Leaving Certificate Examination, 1915
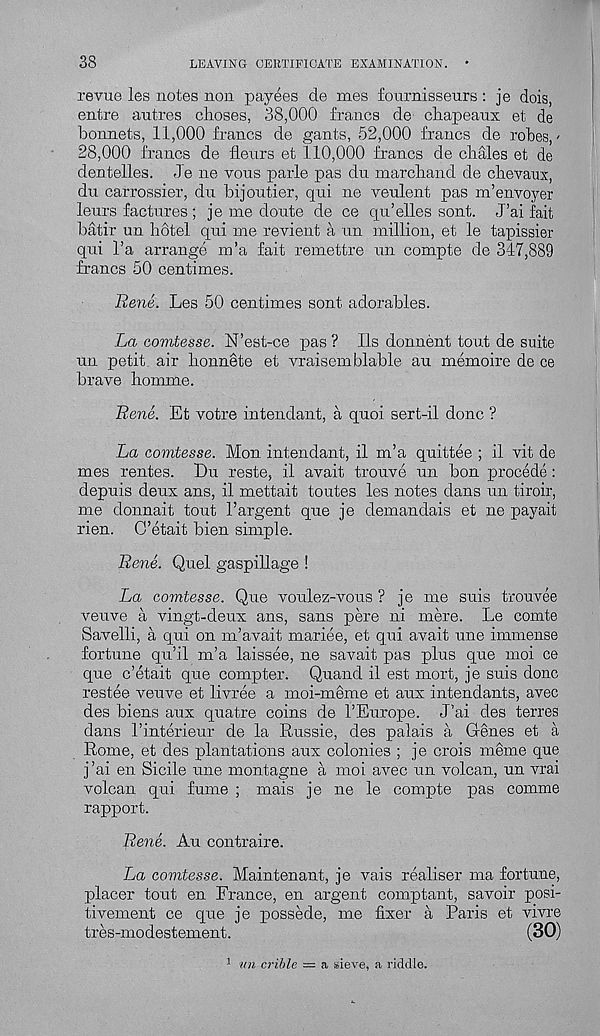
38
LEAVING CERTIFICATE EXAMINATION. *
revue les notes non payees de mes fournisseurs : je dois,
entre autres choses, 38,000 francs de dhapeaux et de
bonnets, 11,000 francs de gants, 52,000 francs de robes,-
28,000 francs de fleurs et 110,000 francs de cbales et de
dentelles. J e ne vous parle pas du march a nd de chevaux,
du carrossier, du bijou tier, qui ne veulent pas m’envoyer
leurs factures ; je me doute de ce qu’elles sont. J’ai fait
batir un hotel qui me revient a un million, et le tapissier
qui l’a arrange m’a fait remettre un compte de 347,889
francs 50 centimes.
Rene. Les 50 centimes sont adorables.
La comtesse. N’est-ce pas ? Ils donnent tout de suite
un petit air honnete et vraisemblable au memoire de ce
brave homme.
Rene. Et votre intendant, a quoi sert-il done ?
La comtesse. Mon intendant, il m’a quittee ; il vit de
mes rentes. Lu reste, il avait trouve un bon precede:
depuis deux ans, il mettait toutes les notes dans un tiroir,
me donnait tout I’argent que je demandais et ne payait
rien. C’etait bien simple.
Rene. Quel gaspillage !
La comtesse. Que voulez-vous ? je me suis trouvee
veuve a vingt-deux ans, sans pere ni mere. Le comte
Savelli, a qui on m’avait mariee, et qui avait une immense
fortune qu’il m’a laissee, ne savait pas plus que moi ce
que c’etait que compter. Quand il est mort, je suis done
restee veuve et livree a moi-meme et aux intendants, avec
des biens aux quatre coins de I’Europe. J’ai des terres
dans I’interieur de la Russie, des palais a Genes et a
Rome, et des plantations aux colonies ; je crois meme que
j’ai en Sicile une montagne a moi avec un volcan, un vrai
volcan qui fume ; mais je ne le compte pas comme
rapport.
Rene. Au contraire.
La comtesse. Maintenant, je vais realiser ma fortune,
placer tout en France, en argent comptant, savoir posi-
tivement ce que je possede, me fixer a Paris et vivre
tres-modestement.
(30)
1 mm crible = a sieve, a riddle.